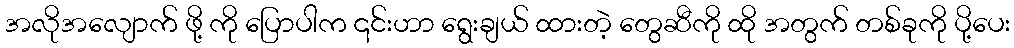
အလိုအလျောက် ဖို့ ကို ပြောပါက ၎င်းဟာ ရွေးချယ် ထားတဲ့ တွေဆီကို ထို အတွက် တစ်ခုကို ပို့ပေး